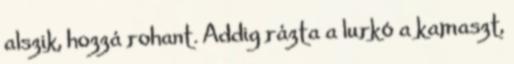
alszik, hozzá rohant. Addig rázta a lurkó a kamaszt,